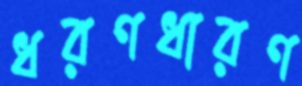
ধরণধারণ